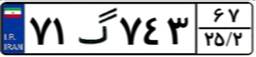
۷۱گ۷۴۳۶۷